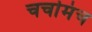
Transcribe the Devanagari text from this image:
चर्चामंच